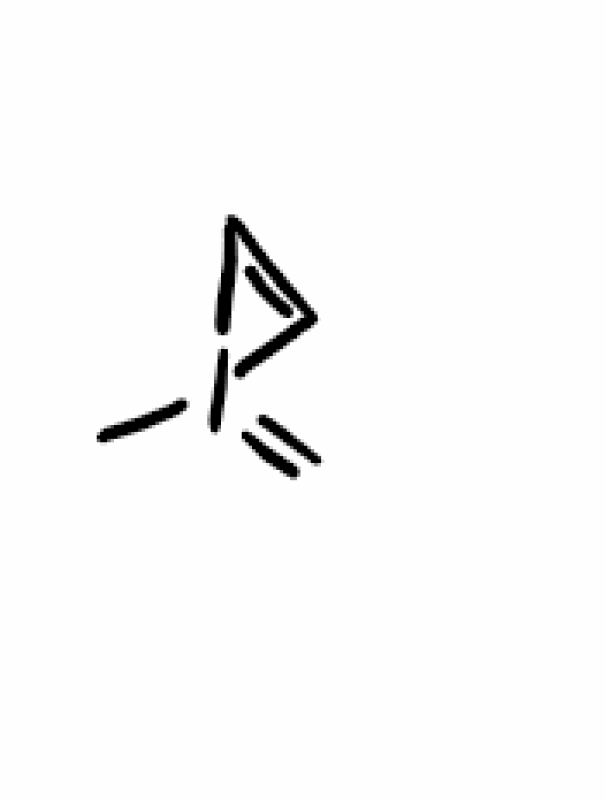
Simplified molecular-input line-entry system (SMILES) notation of the given molecule:
CI1(=C)C=C1